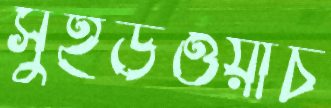
সুইডওয়াচ